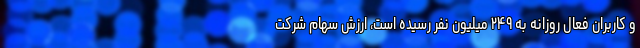
و کاربران فعال روزانه به ۲۴۹ میلیون نفر رسیده است، ارزش سهام شرکت